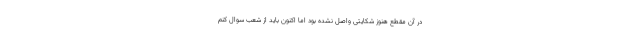
در آن مقطع هنوز شکایتی واصل نشده بود اما اکنون باید از شعب سوال کنم